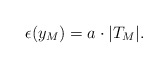
\begin{align*}\epsilon(y_M)=a\cdot |T_{M}|.\end{align*}